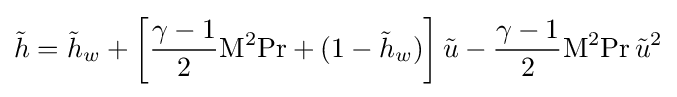
{\tilde {h}}={\tilde {h}}_{w}+\left[{\frac {\gamma -1}{2}}\mathrm {M} ^{2}\mathrm {Pr} +(1-{\tilde {h}}_{w})\right]{\tilde {u}}-{\frac {\gamma -1}{2}}\mathrm {M} ^{2}\mathrm {Pr} \,{\tilde {u}}^{2}